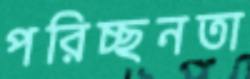
পরিচ্ছনতা